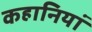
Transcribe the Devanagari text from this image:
कहानियां